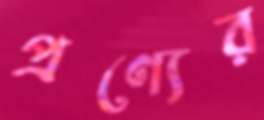
প্রণ্যের